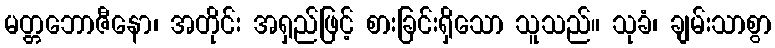
မတ္တဘောဇီနော၊ အတိုင်း အရှည်ဖြင့် စားခြင်းရှိသော သူသည်။ သုခံ၊ ချမ်းသာစွာ